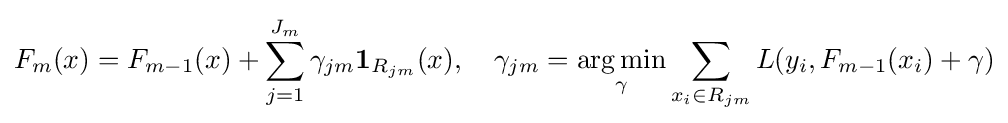
F_{m}(x)=F_{m-1}(x)+\sum _{j=1}^{J_{m}}\gamma _{jm}\mathbf {1} _{R_{jm}}(x),\quad \gamma _{jm}={\underset {\gamma }{\operatorname {arg\,min} }}\sum _{x_{i}\in R_{jm}}L(y_{i},F_{m-1}(x_{i})+\gamma )